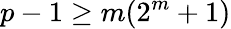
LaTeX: p-1\geq m(2^{m}+1)